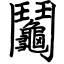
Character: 鬮